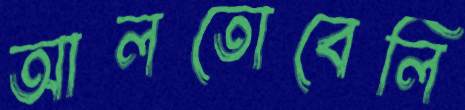
আলতোবেলি